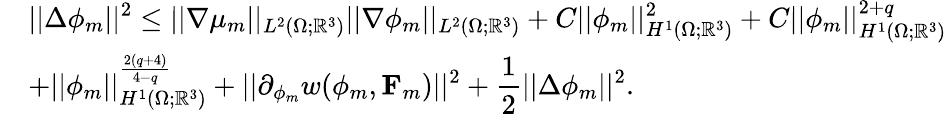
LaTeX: \begin{array}{rl}&{\displaystyle||\Delta\phi_{m}||^{2}\leq||\nabla\mu_{m}||_{L^{2}(\Omega;\mathbb{R}^{3})}||\nabla\phi_{m}||_{L^{2}(\Omega;\mathbb{R}^{3})}+C||\phi_{m}||_{H^{1}(\Omega;\mathbb{R}^{3})}^{2}+C||\phi_{m}||_{H^{1}(\Omega;\mathbb{R}^{3})}^{2+q}}\\ &{\displaystyle+||\phi_{m}||_{H^{1}(\Omega;\mathbb{R}^{3})}^{\frac{2(q+4)}{4-q}}+||\partial_{\mathbf{\phi}_{m}}w(\phi_{m},\mathbf{F}_{m})||^{2}+\frac{1}{2}||\Delta\phi_{m}||^{2}.}\end{array}